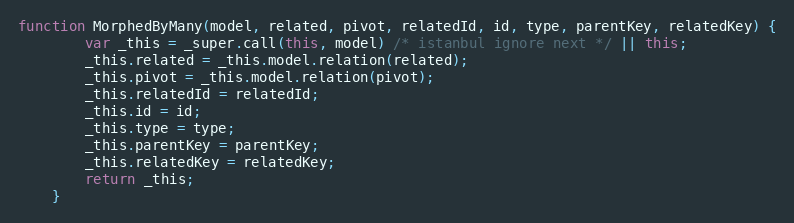
Language: JavaScript
function MorphedByMany(model, related, pivot, relatedId, id, type, parentKey, relatedKey) {
        var _this = _super.call(this, model) /* istanbul ignore next */ || this;
        _this.related = _this.model.relation(related);
        _this.pivot = _this.model.relation(pivot);
        _this.relatedId = relatedId;
        _this.id = id;
        _this.type = type;
        _this.parentKey = parentKey;
        _this.relatedKey = relatedKey;
        return _this;
    }